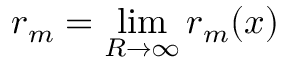
r _ { m } = \operatorname* { l i m } _ { R \to \infty } r _ { m } ( x )